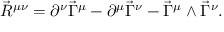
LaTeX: \vec { R } ^ { \mu \nu } = \partial ^ { \nu } \vec { \Gamma } ^ { \mu } - \partial ^ { \mu } \vec { \Gamma } ^ { \nu } - \vec { \Gamma } ^ { \mu } \wedge \vec { \Gamma } ^ { \nu } .